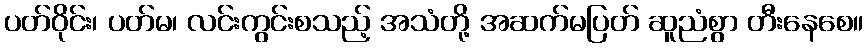
ပတ်ဝိုင်း၊ ပတ်မ၊ လင်းကွင်းစသည့် အသံတို့ အဆက်မပြတ် ဆူညံစွာ တီးနေစေ။